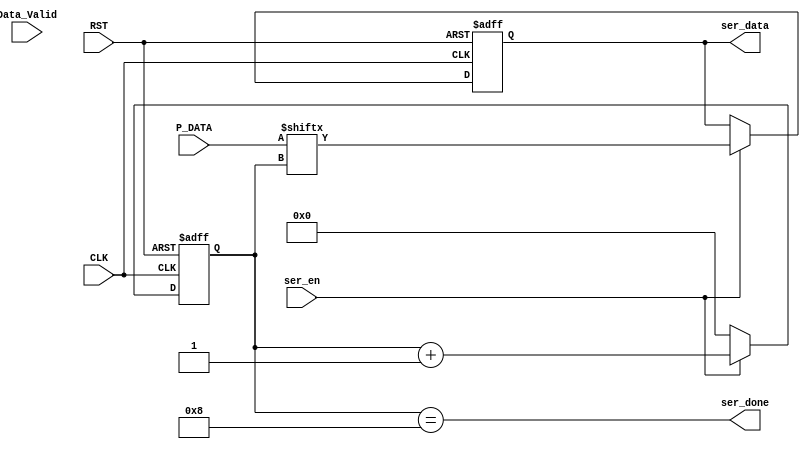
module SERILIZER  #(parameter data_width=8)(

input [data_width-1:0] P_DATA,
input CLK,RST,ser_en,Data_Valid,
output reg ser_data,
output wire ser_done


);
reg [3:0] bit_counter;
// logic is that serilizer caspture inout at the same pulse of valid 
//if(Data_Valid && !ser_en)_     valid sig_____|-data is captured here-------|________
//if( !Busy) _________datas here only _____|------not here-------|___________
//it takes 11 CLK cycle of busy up and to cpmpleteley transmit data

always @(posedge CLK  or negedge RST )
begin 

if(!RST)
begin	
	bit_counter<=0;
	ser_data<=0;

end
else
begin
	if(ser_en )
	begin 
		
		ser_data <= P_DATA[bit_counter];
		bit_counter <= bit_counter+1;

	end
	else
	begin
	
		bit_counter<=0;
	end
end





end








assign ser_done= (bit_counter==8);







endmodule